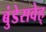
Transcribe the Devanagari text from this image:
बुंडेसवेह्